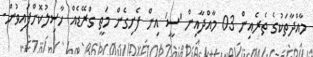
މާއްދާތަކުގެ ތެރެއިން 03 މާއްދާއިން 'ސީ' އިން ފެށިގެން މަތީ ގްރޭޑެއް ހާސިލުކޮށްފައިވުން.